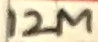
Text: 12M